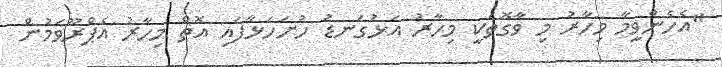
"އެހެންވީމާ މިހާރު މި ވާގޮތަކީ މިހާރު އަޅުގަނޑު ހުށަހަޅާފައި އޮތް މިހާރު އެޕްރޫވަމުން